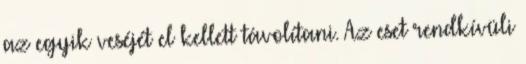
az egyik veséjét el kellett távolítani. Az eset rendkívüli